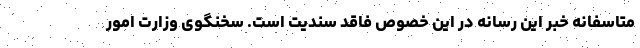
متاسفانه خبر این رسانه در این خصوص فاقد سندیت است. سخنگوی وزارت امور